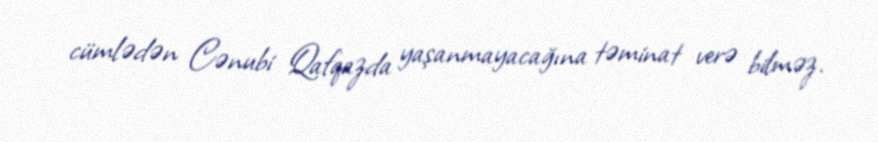
cümlədən Cənubi Qafqazda yaşanmayacağına təminat verə bilməz.